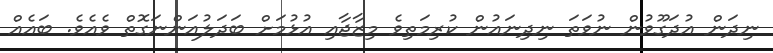
ނިދަން އުދަގޫވުން ނުވަތަ ނިދިނައުން ކުރިމަތިވެ މިޒާޖާއި އުޅުމަށް ބަދަލުއަންނަގޮތް ވެއެވެ. ބައެއް